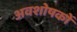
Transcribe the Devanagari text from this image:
अवशोषकों